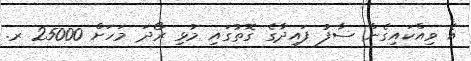
އެ ވިއްކައިގެން ސާފު ފައިދާގެ ގޮތުގައި މުޅި ރޯދަ މަހަށް 25000 ރ.